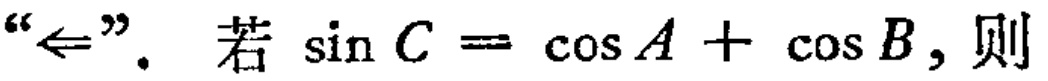
“$\Leftarrow$”. 若$\sin C = \cos A+\cos B$, 则